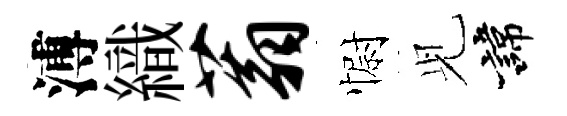
溥織蓊𢠢𫤗諱